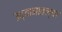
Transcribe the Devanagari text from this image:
उद्यानातल्या